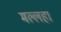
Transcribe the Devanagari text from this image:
मल्लहा